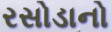
રસોડાનો